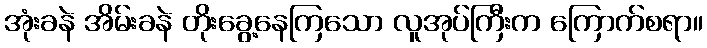
အုံးခနဲ အိမ်းခနဲ တိုးခွေ့နေကြသော လူအုပ်ကြီးက ကြောက်စရာ။